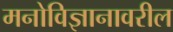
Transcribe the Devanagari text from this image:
मनोविज्ञानावरील